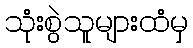
သုံးစွဲသူများထံမှ